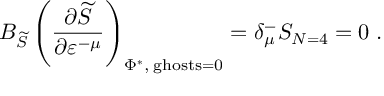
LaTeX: B _ { \widetilde { S } } \left( \frac { \partial \widetilde { S } } { \partial \varepsilon ^ { - \mu } } \right) _ { \Phi ^ { * } , \; \mathrm { g h o s t s } = 0 } = \delta _ { \mu } ^ { - } S _ { N = 4 } = 0 \; .